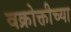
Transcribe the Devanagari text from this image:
वक्रोक्तीच्या